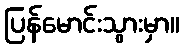
ပြန်မောင်းသွားမှာ။